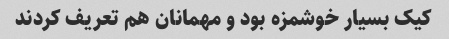
کیک بسیار خوشمزه بود و مهمانان هم تعریف کردند